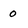
Character: 0